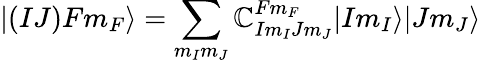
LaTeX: |(IJ)Fm_{F}\rangle=\sum_{m_{I}m_{J}}\mathbb{C}_{Im_{I}Jm_{J}}^{Fm_{F}}|Im_{I}\rangle|Jm_{J}\rangle